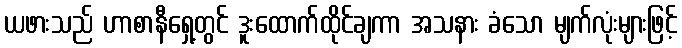
ယဖားသည် ဟာစာနီရှေ့တွင် ဒူးထောက်ထိုင်ချကာ အသနား ခံသော မျက်လုံးများဖြင့်